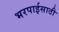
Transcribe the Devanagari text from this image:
भरपाईसाठी